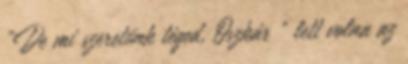
„De mi szeretünk téged, Oszkár ” lett volna az